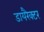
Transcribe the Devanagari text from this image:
डायरैक्टर